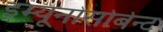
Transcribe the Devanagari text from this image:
इम्यूनोसोर्बेन्ट